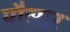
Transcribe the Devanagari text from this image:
पौसार